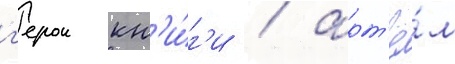
г'ерои кн'и́г'и / арт'ё́м